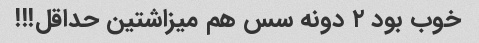
خوب بود ٢ دونه سس هم میزاشتین حداقل!!!